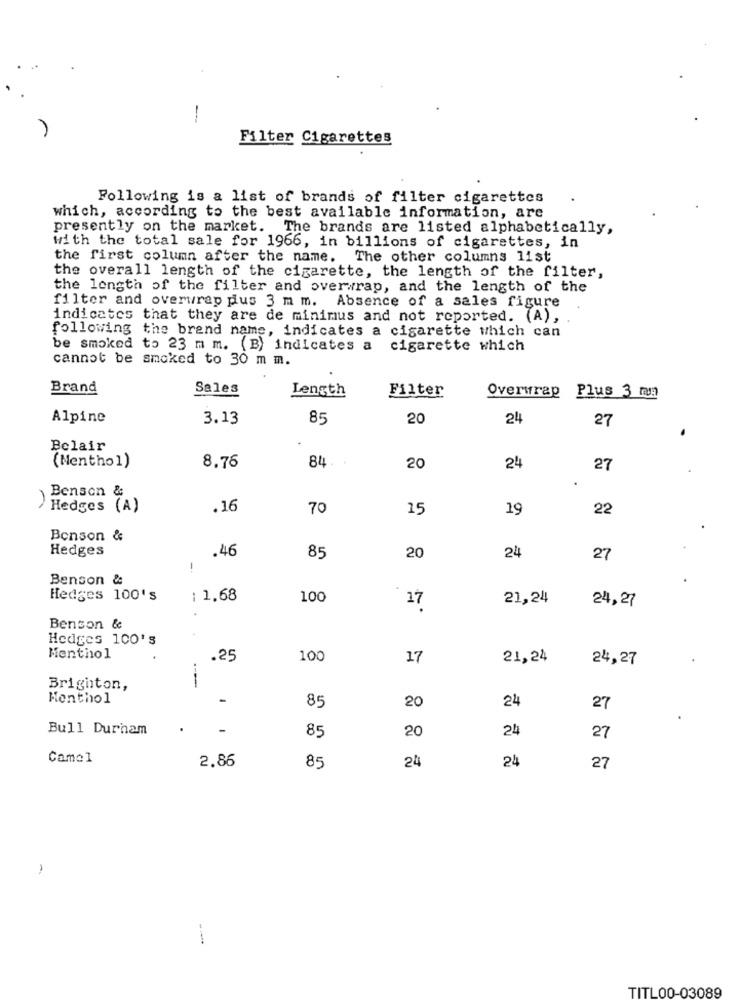
-
Filter Cigarettes
Following is a list of brands of filter cigarettes
which, according to the best available information, are
presently on the market. The brands are listed alphabetically,
with the total sale for 1966, in billions of cigarettes, in
the first column after the name. The other columns list
the overall length of the cigarette, the length of the filter,
the length of the filter and overwrap, and the length of the
filter and overwrap dus 3 m m. Absence of a sales figure
indicates that they are de minimus and not reported. (A),
following the brand name, indicates a cigarette which can
be smoked to 23 m m. (B) indicates a cigarette which
cannot be smoked to 30 m m.
Brand
Sales
Length
Filter
Overwrap Plus 3 mm
Alpine
3.13
85
20
24
27
Belair
(Menthol)
8.76
84
20
24
27
Benson &
Hedges (A)
.16
70
15
19
22
Benson &
Hedges
.46
85
20
24
27
-
Benson &
Hedges 100's
: 1,68
100
21,24
24,27
17
Benson &
Hedges 100's
Menthol
.25
100
17
21,24
24,27
----
Brighton,
Menthol
-
85
20
24
27
Bull Durham
85
20
24
27
Camel
24
24
2.86
85
27
TITL00-03089